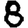
Digit: 8